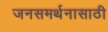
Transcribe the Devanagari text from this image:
जनसमर्थनासाठी